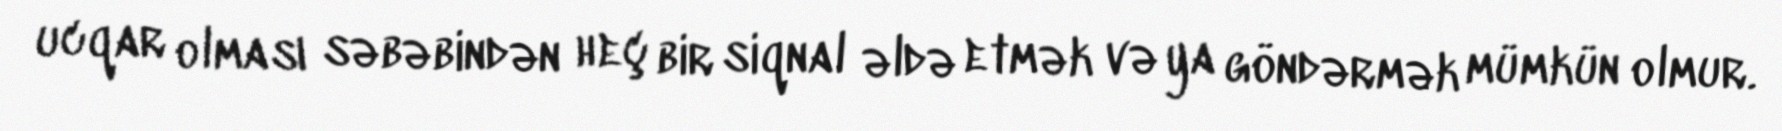
ucqar olması səbəbindən heç bir siqnal əldə etmək və ya göndərmək mümkün olmur.